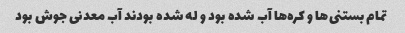
تمام بستنی‌ها و کره‌ها آب شده بود و له شده بودند آب معدنی جوش بود